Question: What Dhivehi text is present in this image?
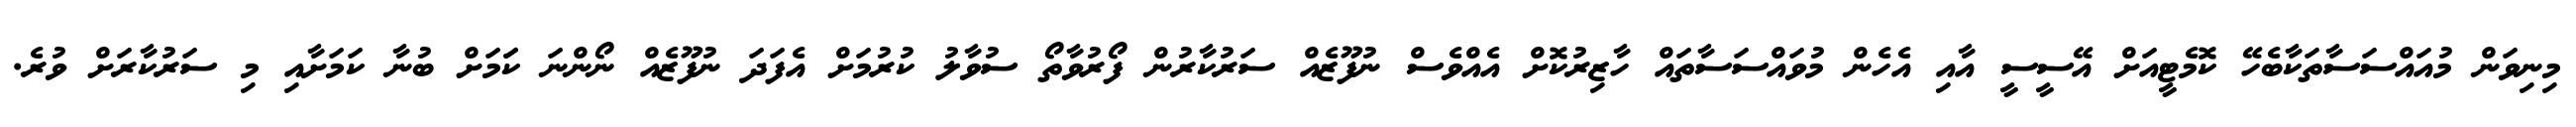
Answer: މިނިވަން މުއައްސަސާތަކާބެހޭ ކޮމެޓީއަށް އޭސީސީ އާއި އެހެން މުވައްސަސާތައް ހާޒިރުކޮށް އެއްވެސް ނުފޫޒެއް ސަރުކާރުން ފޯރުވާތޯ ސުވާލު ކުރުމަށް އެފަދަ ނުފޫޒެއް ނޯންނަ ކަަމަށް ބުނާ ކަމަށާއި މި ސަރުކާރަށް ވުރެ.